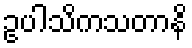
ဥပါသိကသတာနိ